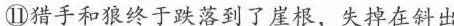
⑪猎手和狼终于跌落到了崖根，失掉在斜出